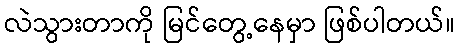
လဲသွားတာကို မြင်တွေ့နေမှာ ဖြစ်ပါတယ်။